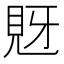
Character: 𧠖